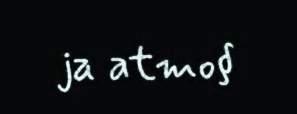
ja atmo§